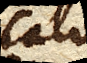
calore